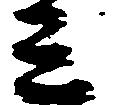
ミ